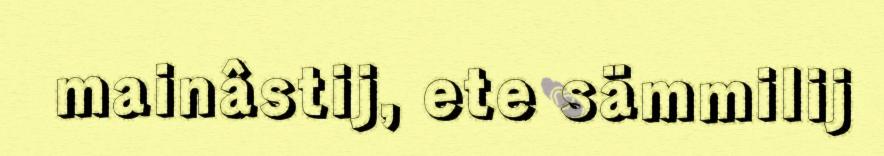
mainâstij, ete sämmilij